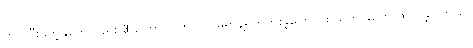
ဟာ ပြီးခဲ့တဲ့နှစ်ကလည်း 3 ကြော်ငြာကို ကင်မရာနဲ့ရိုက်ကူးခဲ့ကြောင်း သတင်းတွေ ထွက်ခဲ့ပါတယ်။